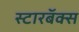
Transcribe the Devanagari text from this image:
स्टारबॅक्स